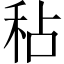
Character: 秥